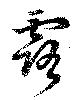
露